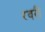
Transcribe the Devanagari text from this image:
रवरी